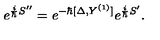
e ^ { { \frac { i } { \hbar } } S ^ { \prime \prime } } = e ^ { - \hbar [ \Delta , Y ^ { ( 1 ) } ] } e ^ { { \frac { i } { \hbar } } S ^ { \prime } } .